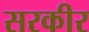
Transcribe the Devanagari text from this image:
सरकीर